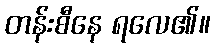
တန်းစီနေ ရလေ၏။